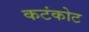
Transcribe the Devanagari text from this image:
कटंकोट